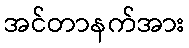
အင်တာနက်အား